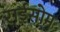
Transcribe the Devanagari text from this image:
राईसोम